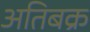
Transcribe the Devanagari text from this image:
अतिबक्र